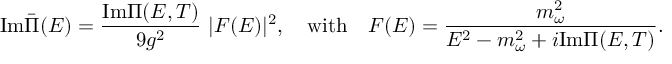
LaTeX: \mathrm { I m } \bar { \Pi } ( E ) = \frac { \mathrm { I m } \Pi ( E , T ) } { 9 g ^ { 2 } } \ | F ( E ) | ^ { 2 } , \quad \mathrm { w i t h } \quad F ( E ) = \frac { m _ { \omega } ^ { 2 } } { E ^ { 2 } - m _ { \omega } ^ { 2 } + i \mathrm { I m } \Pi ( E , T ) } .